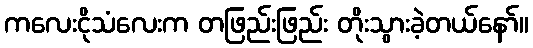
ကလေးငိုသံလေးက တဖြည်းဖြည်း တိုးသွားခဲ့တယ်နော်။